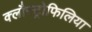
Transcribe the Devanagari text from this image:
क्लौस्ट्रोफिलिया